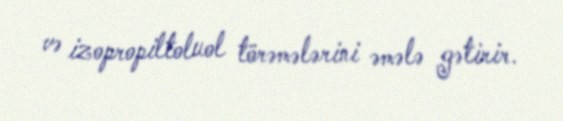
və izopropiltoluol törəmələrini əmələ gətirir.